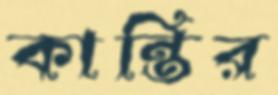
কান্তির